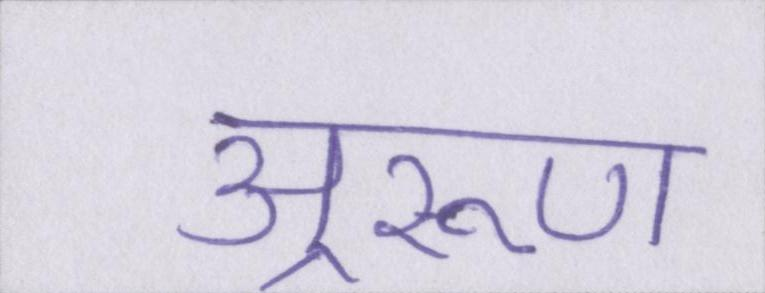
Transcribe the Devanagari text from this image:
अ्ररूण